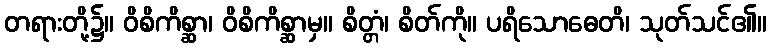
တရားတို့၌။ ဝိစိကိစ္ဆာ၊ ဝိစိကိစ္ဆာမှ။ စိတ္တံ၊ စိတ်ကို။ ပရိသောဓေတိ၊ သုတ်သင်၏။